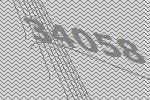
34058